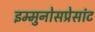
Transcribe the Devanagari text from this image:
इम्मुनोसप्रेसांट